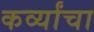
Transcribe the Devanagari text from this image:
कर्व्यांचा